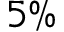
5 \%